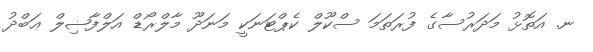
ނ. އަތޮޅު މަދަރުސާގެ ފުރަތަމަ ސްކޫލް ކެޕްޓަނަކީ މަނަދޫ މާލްރޯޑް އަލްފާޟިލް ޢަބްދު